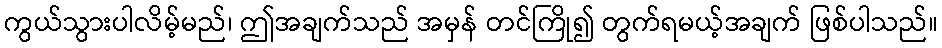
ကွယ်သွားပါလိမ့်မည်၊ ဤအချက်သည် အမှန် တင်ကြို၍ တွက်ရမယ့်အချက် ဖြစ်ပါသည်။